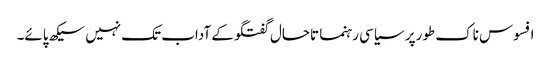
افسوس ناک طورپر سیاسی رہنما تاحال گفتگو کے آداب تک نہیں سیکھ پائے۔